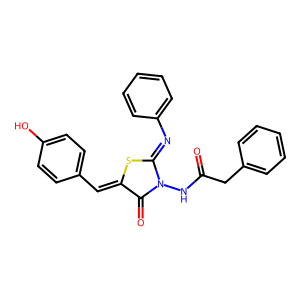
SMILES: O=C(Cc1ccccc1)NN1C(=O)C(=Cc2ccc(O)cc2)SC1=Nc1ccccc1
Inhibits HIV replication: No